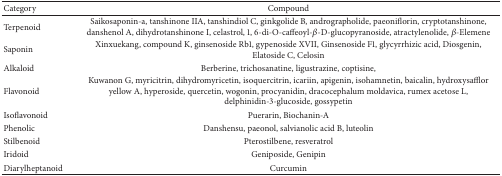
<table><thead><tr><td><b>Category</b></td><td><b>Compound</b></td></tr></thead><tbody><tr><td>Terpenoid</td><td>Saikosaponin-a, tanshinone IIA, tanshindiol C, ginkgolide B, andrographolide, paeoniflorin, cryptotanshinone, danshenol A, dihydrotanshinone I, celastrol, 1, 6-di-O-caffeoyl-<i>β</i>-D-glucopyranoside, atractylenolide, <i>β</i>-Elemene</td></tr><tr><td>Saponin</td><td>Xinxuekang, compound K, ginsenoside Rb1, gypenoside XVII, Ginsenoside F1, glycyrrhizic acid, Diosgenin, Elatoside C, Celosin</td></tr><tr><td>Alkaloid</td><td>Berberine, trichosanatine, ligustrazine, coptisine,</td></tr><tr><td>Flavonoid</td><td>Kuwanon G, myricitrin, dihydromyricetin, isoquercitrin, icariin, apigenin, isohamnetin, baicalin, hydroxysafflor yellow A, hyperoside, quercetin, wogonin, procyanidin, dracocephalum moldavica, rumex acetose L, delphinidin-3-glucoside, gossypetin</td></tr><tr><td>Isoflavonoid</td><td>Puerarin, Biochanin-A</td></tr><tr><td>Phenolic</td><td>Danshensu, paeonol, salvianolic acid B, luteolin</td></tr><tr><td>Stilbenoid</td><td>Pterostilbene, resveratrol</td></tr><tr><td>Iridoid</td><td>Geniposide, Genipin</td></tr><tr><td>Diarylheptanoid</td><td>Curcumin</td></tr></tbody></table>